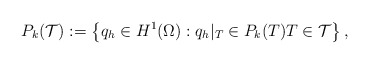
\begin{align*}{P}_k(\mathcal{T}):=\left\{q_h\in H^1(\Omega): q_h|_T\in P_k(T) T\in \mathcal{T}\right\},\end{align*}